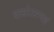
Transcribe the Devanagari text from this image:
दासोऽस्म्यहं